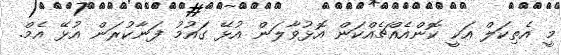
މީ އެތިކަލް އަކީ ކޮންއެއްޗެއްކަން އޮޅުވާލަން އުޅޭ ގައުމު ފަނާކުރަން އުޅޭ އެމް.